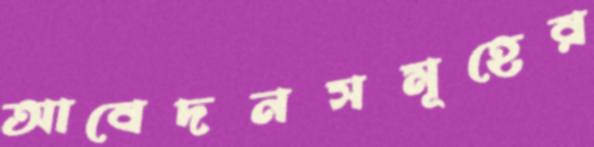
আবেদনসমূহের